Laane_maakonnavalitsus, lk 10
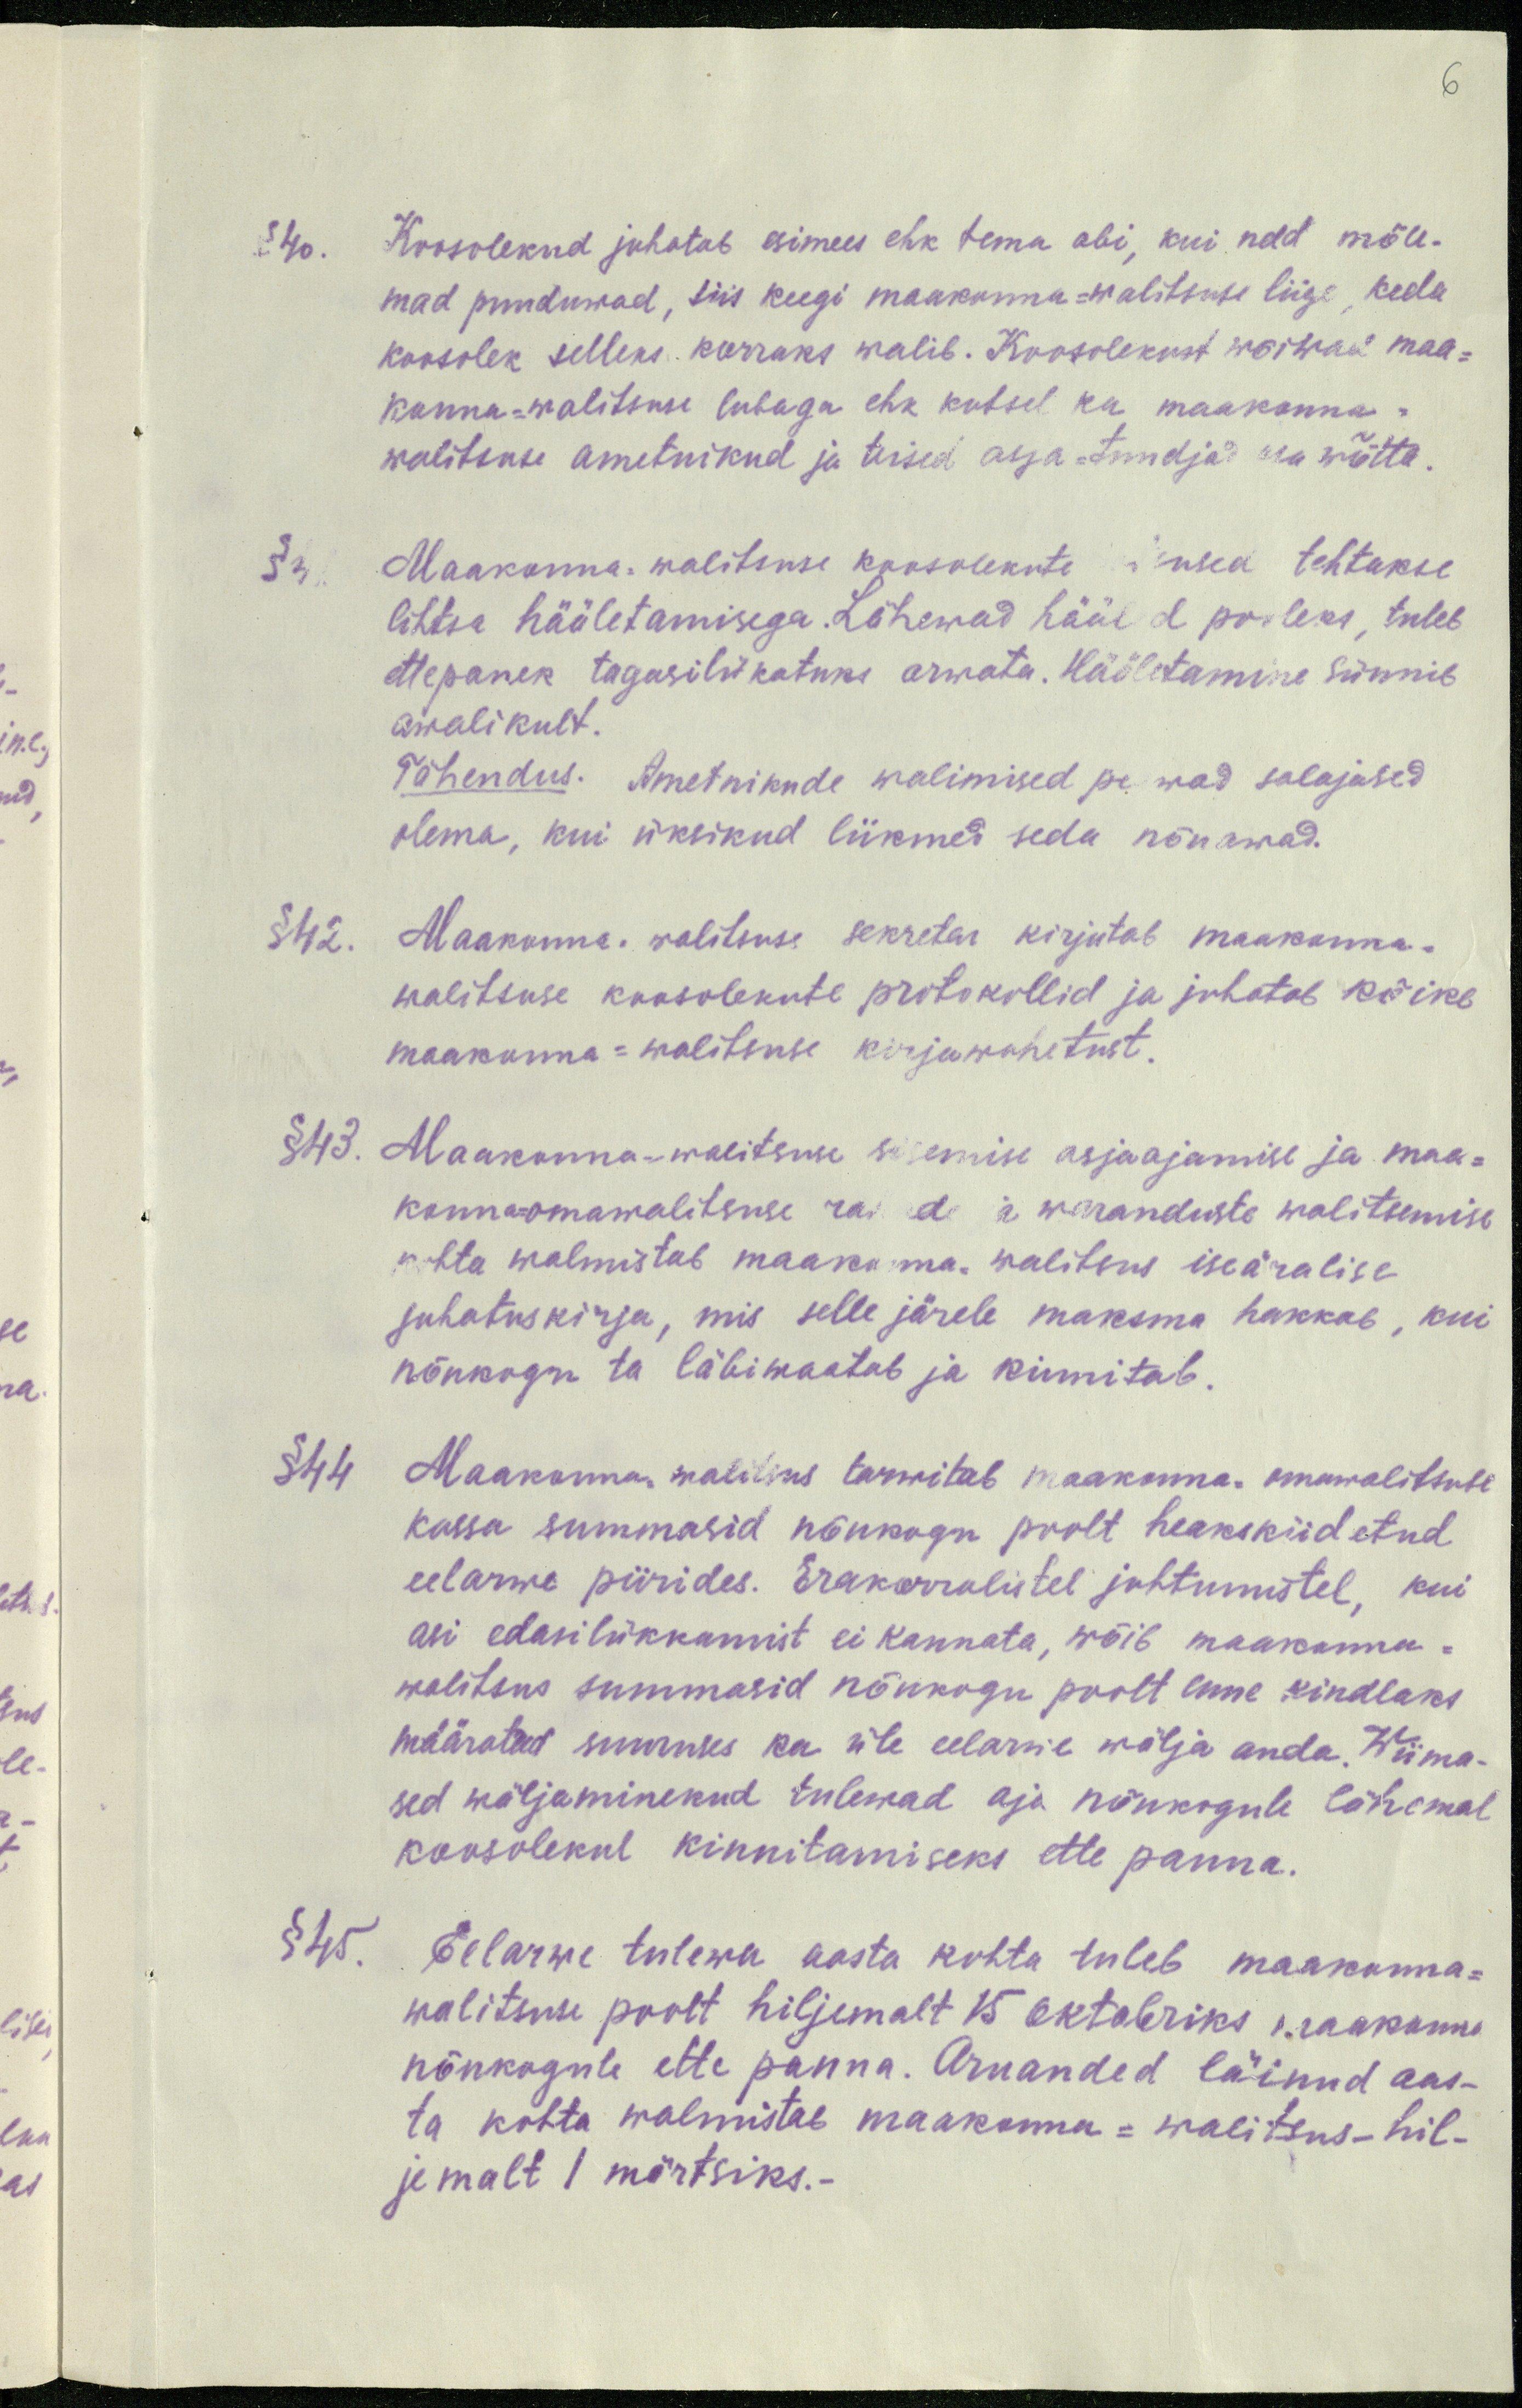
6

§ 40. Koosolekud juhatab esimees ehk tema abi, kui nad mõle-
mad puuduwad, siis keegi maakonna-walitsuse liige, keda
koosolek selleks korraks walib. Koosolekust wõiwad maa-
konna-walitsuse lubaga ehk kutsel ka maakonna-
walitsuse ametnikud ja teised asja-tundjad osa wõtta.
§ 41
Maakonna-walitsuse koosolekute selused tehtakse
lihtsa hääletamisega. Lähewad hääled pooleks, tuleb
ettepanek tagasilükatuks arwata. Hääletamine sünnib
awalikult.
Tähendus. Ametnikude walimised peawad salajased.
olema, kui üksikud liikmed seda nõuawad.
§ 42. Maakonna valitsuse sekretar kirjutab maakonna-
walitsuse koosolekute protokollid ja juhatab kõike
maakonna-walitsuse kirjawahetust.
§ 43. Maakonna-walitsuse sisemise asjaajamise ja maa-
konnaomawalitsuse rai ed ja waranduste walitsemise
kohta walmistab maakonna walitsus iseäralise
juhatuskirja, mis selle järele maksma hakkab, kui
nõukogu ta läbiwaatab ja kinnitab.
§ 44
Maakonna walitsus tarwitab maakonna-omawalitsuse
kassa summasid nõukogu poolt heakskiidetud.
eelarwe piirides. Erakorralistel juhtumistel, kui
asi edasilükkamist ei kannata, wõib maakonna-
walitsus summasid nõukogu poolt enne kindlaks
määratud suuruses ka üle eelarve wälja anda. Wiima-
sed wäljaminekud tulewad aja nõukogule lähemal
koosolekul kinnitamiseks ette panna.
§ 45.
Eelarwe tulewa aasta kohta tuleb maakonna-
walitsuse poolt hiljemalt 15 oktobriks maakonna
nõukogule ette panna. Aruanded läinud aas-
ta kohta walmistab maakonna-walitsus-hil-
jemalt 1 mõrtsiks.